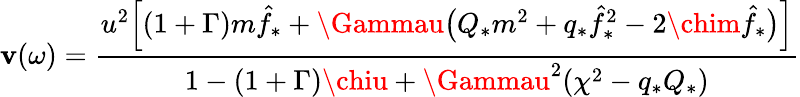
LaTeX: \mathbf{v}(\omega)=\frac{{u^{2}\Big[(1+\Gamma)m\hat{{f}}_{*}+\Gammau\big(Q_{*}m^{2}+q_{*}\hat{{f}}_{*}^{2}-2\chim\hat{{f}}_{*}\big)\Big]}}{{1-(1+\Gamma)\chiu+\Gammau^{2}(\chi^{2}-q_{*}Q_{*})}}